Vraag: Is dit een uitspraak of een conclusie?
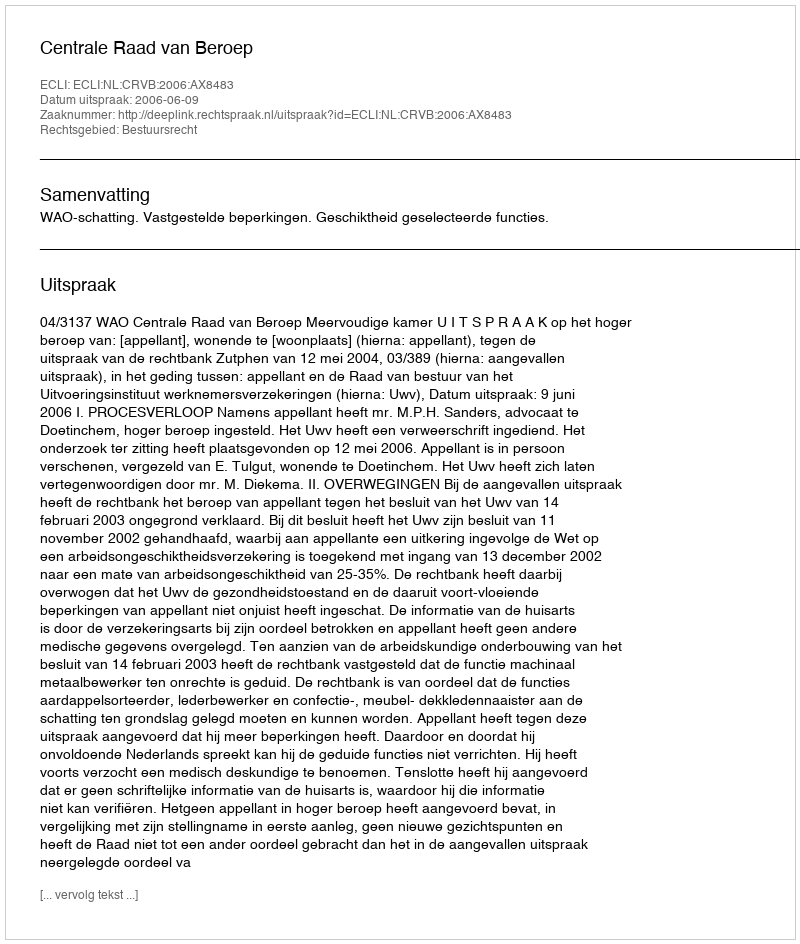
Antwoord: Uitspraak